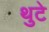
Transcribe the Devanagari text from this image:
थुटे